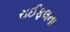
રાઈફલના